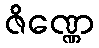
ဇိဏ္ဏေ